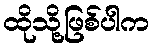
ထိုသို့ဖြစ်ပါက